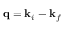
\mathbf { q } = \mathbf { k } _ { i } - \mathbf { k } _ { f }